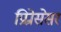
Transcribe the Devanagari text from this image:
प्रिप्रोसेसर